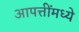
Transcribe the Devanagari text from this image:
आपत्तींमध्ये